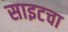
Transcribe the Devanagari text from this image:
साइटचा